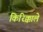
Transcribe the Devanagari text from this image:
किरिक्काले